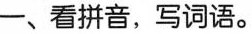
-、看拼音，写词语。